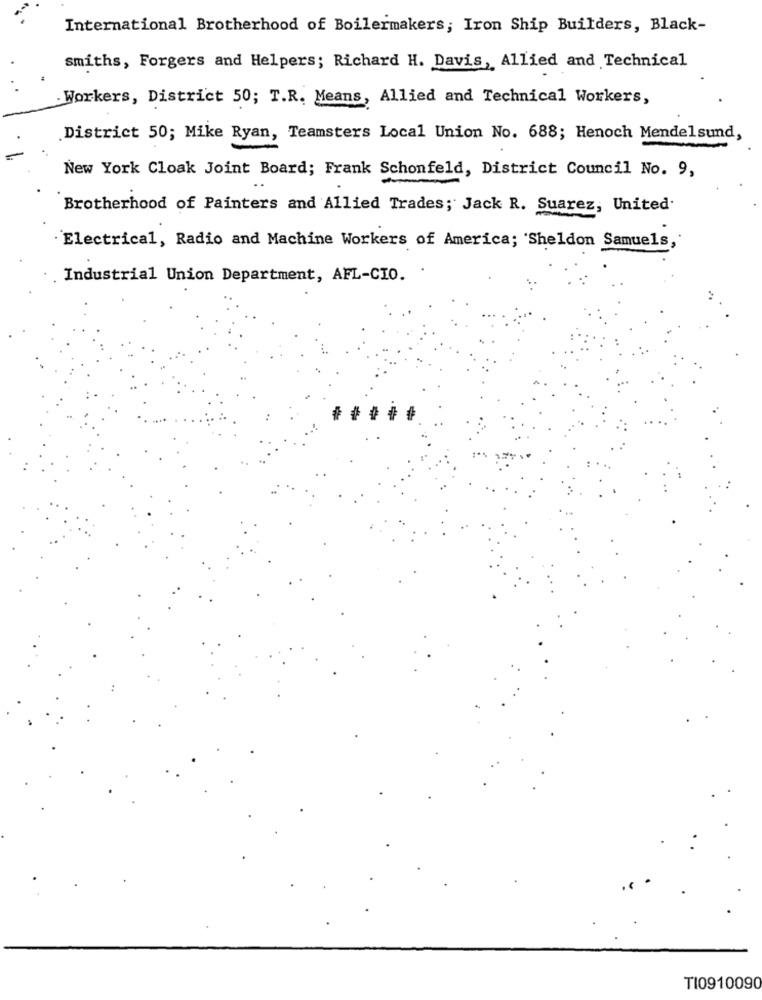
International Brotherhood of Boilermakers; Iron Ship Builders, Black-
smiths, Forgers and Helpers; Richard H. Davis, Allied and Technical
. Workers, District 50; T.R. Means, Allied and Technical Workers,
District 50; Mike Ryan, Teamsters Local Union No. 688; Henoch Mendelsund,
New York Cloak Joint Board; Frank Schonfeld, District Council No. 9,
Brotherhood of Painters and Allied Trades; Jack R. Suarez, United.
Electrical, Radio and Machine Workers of America; 'Sheldon Samuels,
Industrial Union Department, AFL-CIO.
TI0910090